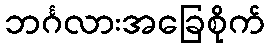
ဘင်္ဂလားအခြေစိုက်